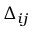
\Delta _ { i j }